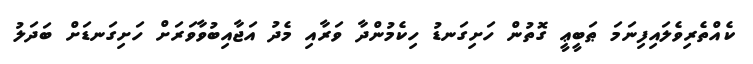
ކެއްތެރިވެލައިފިނަމަ ޠަބީޢީ ގޮތުން ހަށިގަނޑު ހިކެމުންދާ ވަރާއި މެދު އަޖާއިބުވާވަރަށް ހަށިގަނޑަށް ބަދަލު